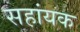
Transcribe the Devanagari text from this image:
सहांयक